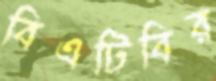
বিএটিবির